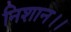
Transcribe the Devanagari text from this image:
निशान।।